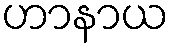
ဟာနာယ